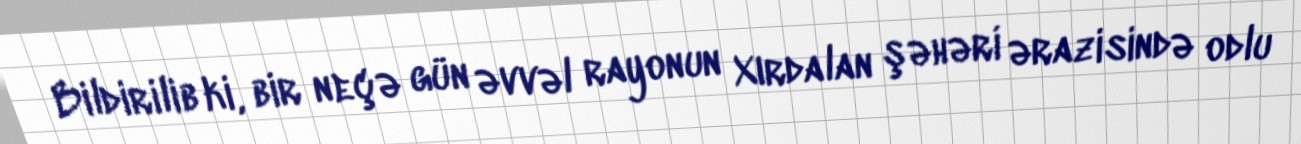
Bildirilib ki, bir neçə gün əvvəl rayonun Xırdalan şəhəri ərazisində odlu